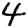
Digit: 4